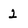
Character: 2